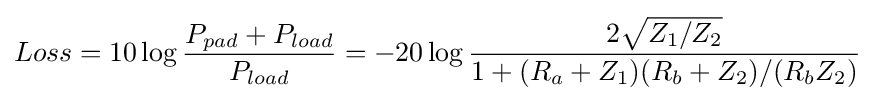
Loss=10\log {\frac {P_{pad}+P_{load}}{P_{load}}}=-20\log {\frac {2{\sqrt {Z_{1}/Z_{2}}}}{1+(R_{a}+Z_{1})(R_{b}+Z_{2})/(R_{b}Z_{2})}}